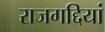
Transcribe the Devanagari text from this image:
राजगद्दियां